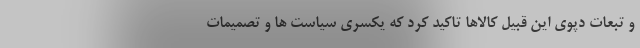
و تبعات دپوی این قبیل کالاها تاکید کرد که یکسری سیاست ها و تصمیمات